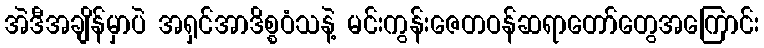
အဲဒီအချိန်မှာပဲ အရှင်အာဒိစ္စဝံသနဲ့ မင်းကွန်းဇေတဝန်ဆရာတော်တွေအကြောင်း